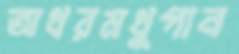
অধরমধুপান